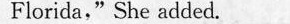
Florida，"She added.